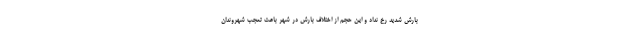
بارش شدید رخ نداد و این حجم از اختلاف بارش در شهر باعث تعجب شهروندان